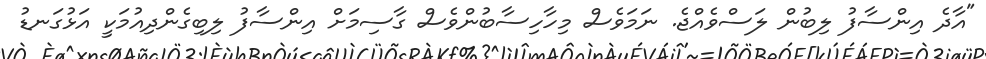
"އާދެ އިންސާފު ލިބުން ލަސްވެއްޖެ. ނަމަވެސް މިހާހިސާބުންވެސް ގާސިމަށް އިންސާފު ލިބިގެންދިއުމަކީ އަޅުގަނޑު